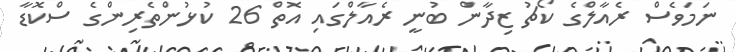
ނަމަވެސް ރެއާލްގެ ކޯޗު ޒިދާން ބުނީ ރެއާލްގައި އޮތް 26 ކުޅުންތެރިންގެ ސްކޮޑާ